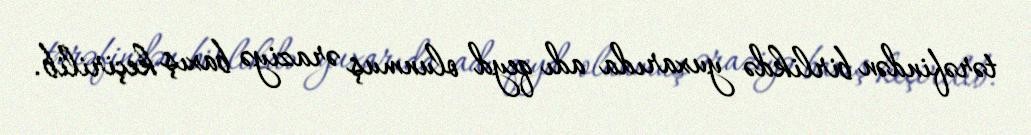
tərəfindən birlikdə yuxarıda adı qeyd olunmuş əraziyə baxış keçirilib.